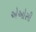
એઓસી